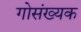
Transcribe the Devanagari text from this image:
गोसंख्यक